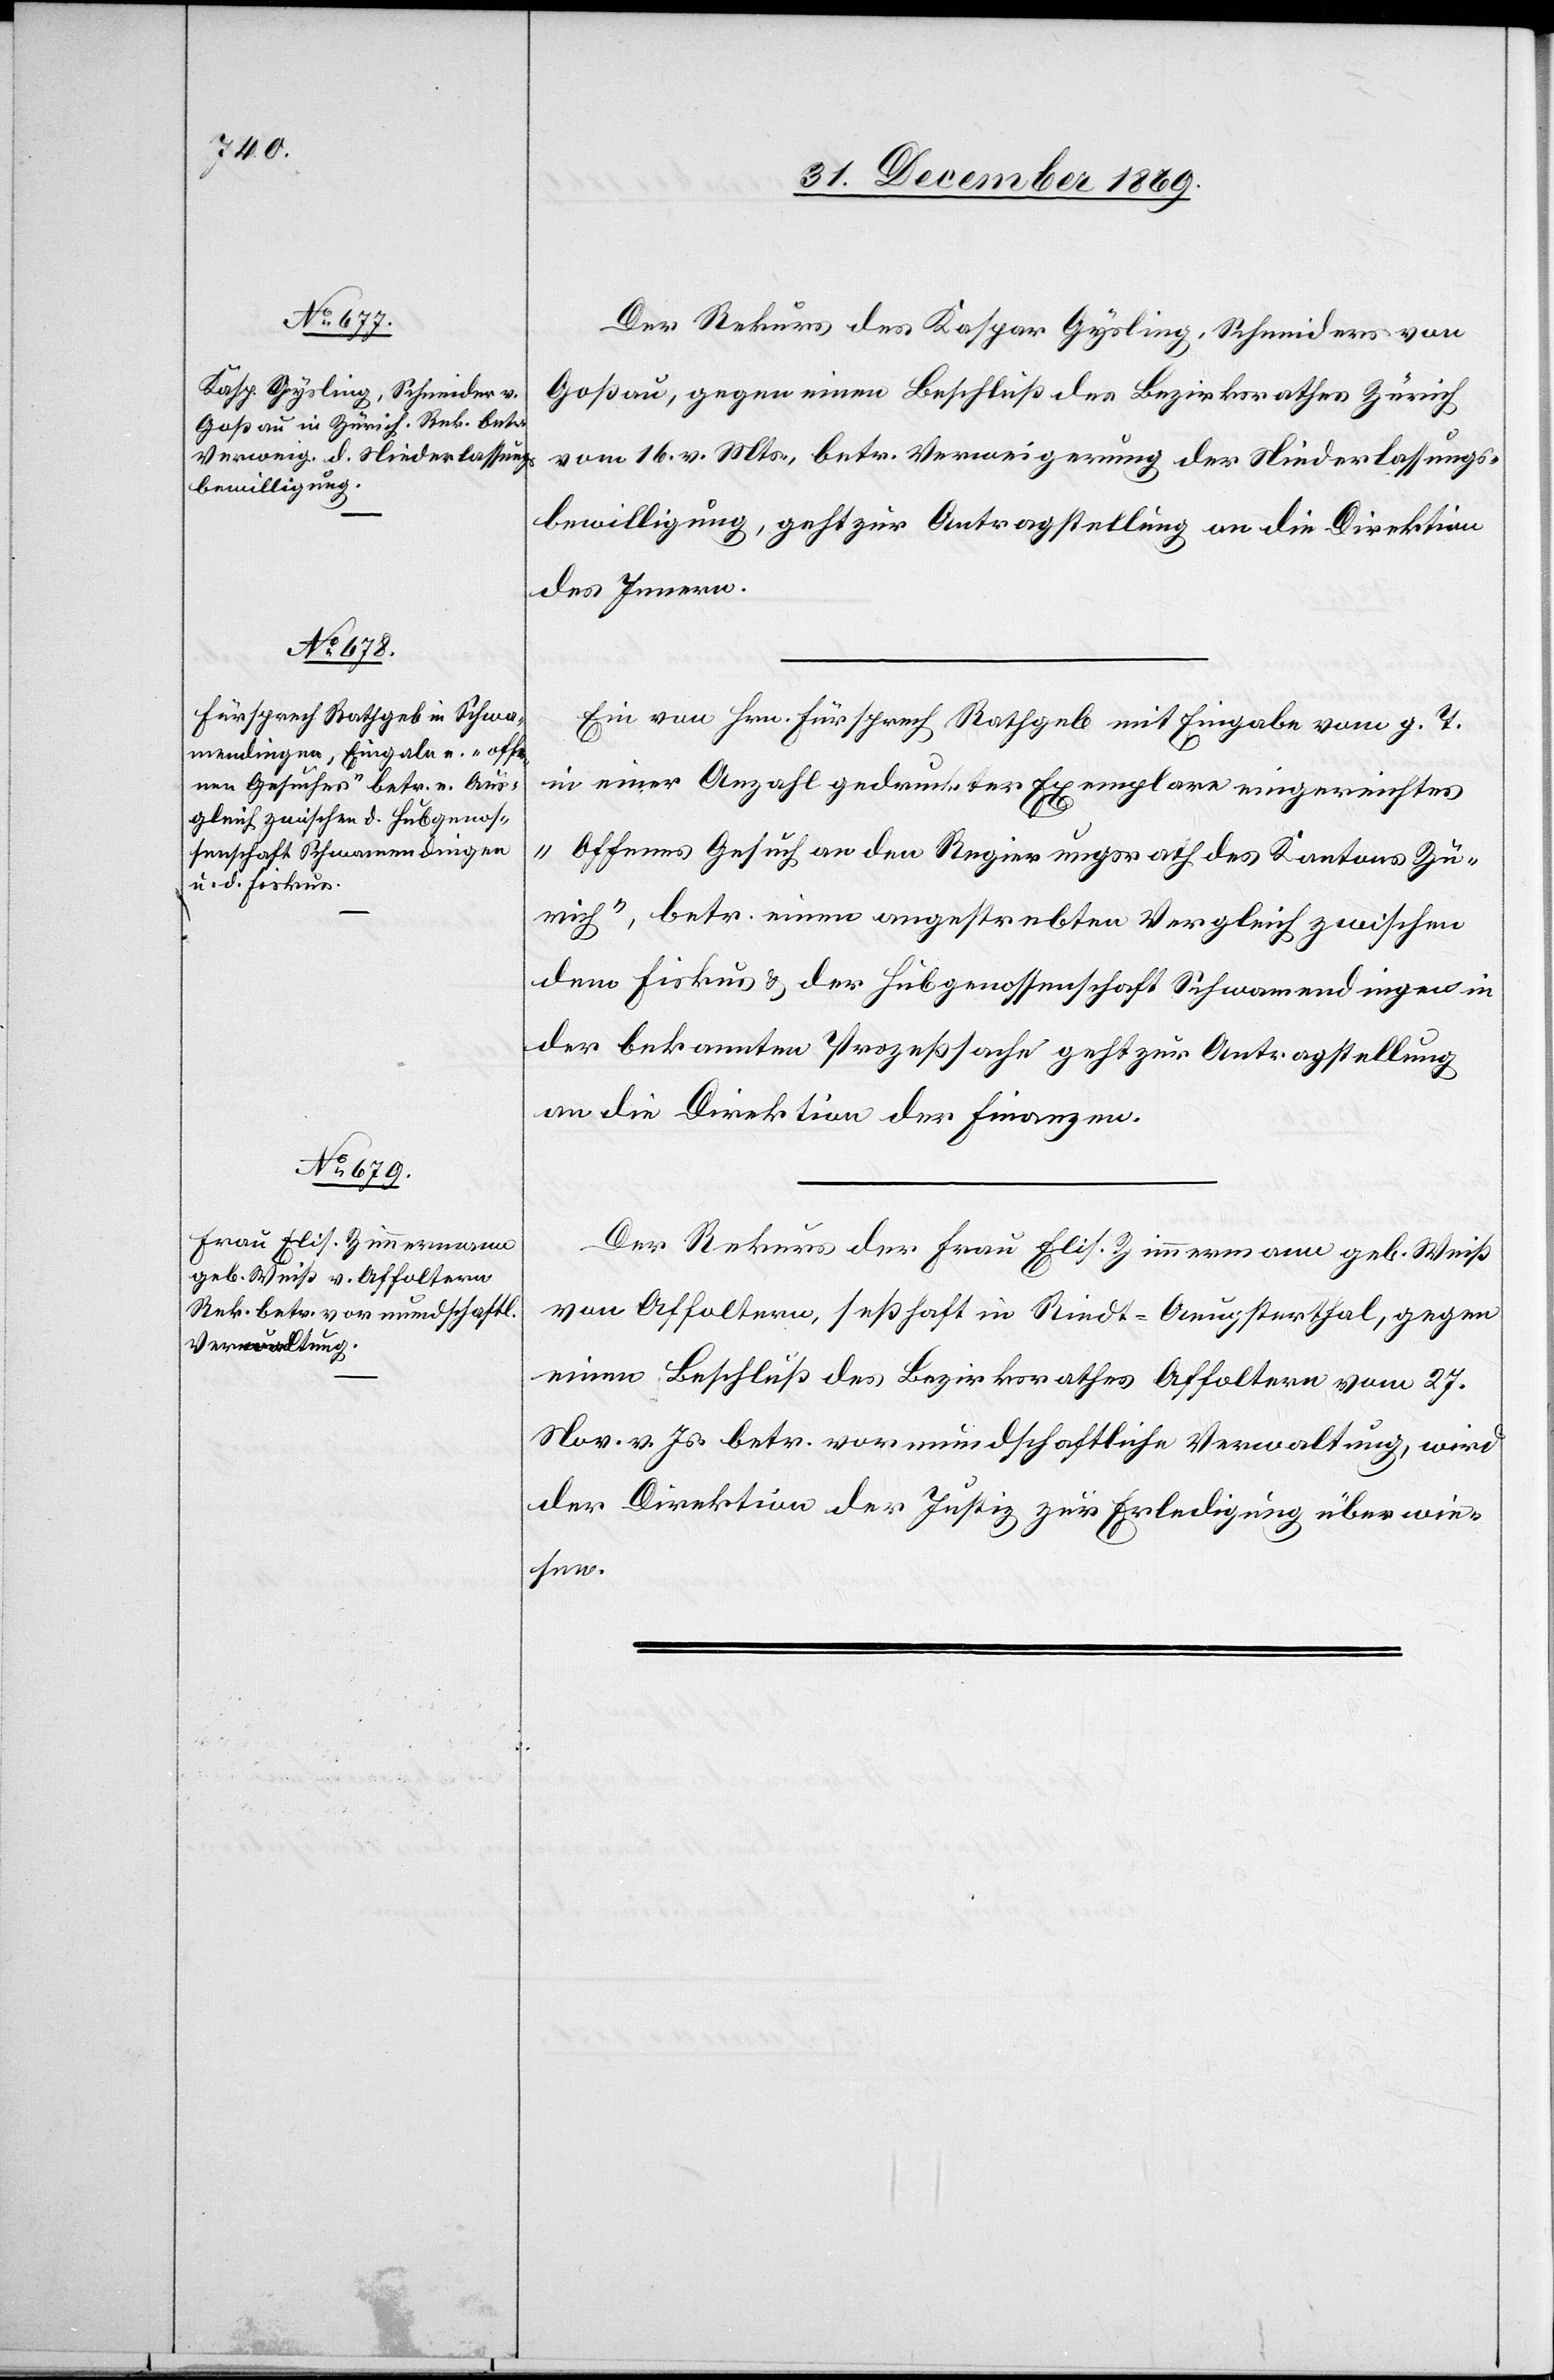
Der Rekurs des Kaspar Gysling, Schneiders von
Goßau, gegen einen Beschluß des Bezirksrathes Zürich
vom 16. v. Mts., betr. Verweigerung der Niederlassungs¬
bewilligung, geht zur Antragstellung an die Direktion
des Innern.
Ein von Hrn. Fürsprech Rathgeb mit Eingabe vom g. T.
in einer Anzahl gedruckter Exemplare eingereichtes
„Offenes Gesuch an den Regierungsrath des Kantons Zü¬
rich“, betr. einen angestrebten Vergleich zwischen
dem Fiskus & der Hubgenossenschaft Schwamendingen in
der bekannten Prozeßsache geht zur Antragstellung
an die Direktion der Finanzen.
Der Rekurs der Frau Elis. Zimmermann geb. Weiß
von Affoltern, seßhaft in Riedt - Aeugsterthal, gegen
einen Beschluß des Bezirksrathes Affoltern vom 27.
Nov. v. Js. betr. vormundschaftliche Verwaltung, wird
der Direktion der Justiz zur Erledigung überwie¬
sen.